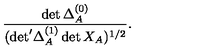
\frac { \det \Delta _ { A } ^ { ( 0 ) } } { ( { \det } ^ { \prime } \Delta _ { A } ^ { ( 1 ) } \det X _ { A } ) ^ { 1 / 2 } } .